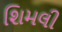
શિમલી